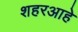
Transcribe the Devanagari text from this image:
शहरआहे